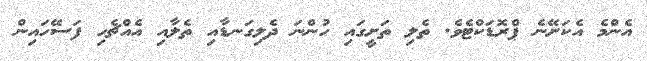
އެންމެ އެކަަށޭނެ ޕްރޮޑަކްޓެވެ. ތެލި ތަށީގައި ހުންނަ ދެލިގަނޑާއި ތެލާއި އެއްޗެހި ފަސޭހައިން